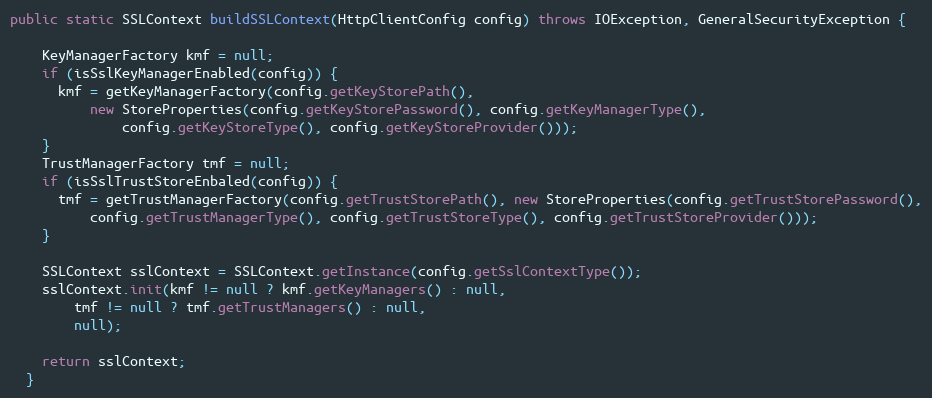
Language: Java
public static SSLContext buildSSLContext(HttpClientConfig config) throws IOException, GeneralSecurityException {

    KeyManagerFactory kmf = null;
    if (isSslKeyManagerEnabled(config)) {
      kmf = getKeyManagerFactory(config.getKeyStorePath(),
          new StoreProperties(config.getKeyStorePassword(), config.getKeyManagerType(),
              config.getKeyStoreType(), config.getKeyStoreProvider()));
    }
    TrustManagerFactory tmf = null;
    if (isSslTrustStoreEnbaled(config)) {
      tmf = getTrustManagerFactory(config.getTrustStorePath(), new StoreProperties(config.getTrustStorePassword(),
          config.getTrustManagerType(), config.getTrustStoreType(), config.getTrustStoreProvider()));
    }

    SSLContext sslContext = SSLContext.getInstance(config.getSslContextType());
    sslContext.init(kmf != null ? kmf.getKeyManagers() : null,
        tmf != null ? tmf.getTrustManagers() : null,
        null);

    return sslContext;
  }